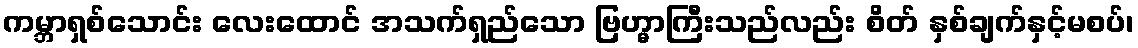
ကမ္ဘာရှစ်သောင်း လေးထောင် အသက်ရှည်သော ဗြဟ္မာကြီးသည်လည်း စိတ် နှစ်ချက်နှင့်မစပ်၊